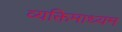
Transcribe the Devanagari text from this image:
व्यक्तिमाध्यम